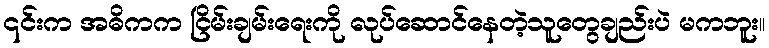
၎င်းက အဓိကက ငြိမ်းချမ်းရေးကို လုပ်ဆောင်နေတဲ့သူတွေချည်းပဲ မကဘူး။